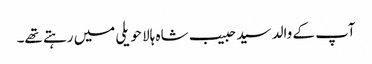
آپ کے والد سید حبیب شاہ ہالا حویلی میں رہتے تھے۔